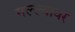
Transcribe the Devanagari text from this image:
गल्ल्यावर